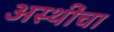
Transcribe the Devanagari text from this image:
अस्थींचा